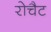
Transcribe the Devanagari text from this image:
रोचैट